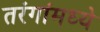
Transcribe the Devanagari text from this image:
तरंगांमध्ये